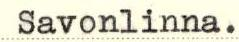
Savonlinna.